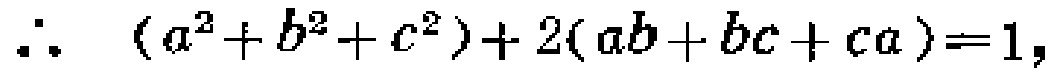
\(\therefore\ (a^{2}+b^{2}+c^{2}) + 2(ab + bc + ca)=1,\)